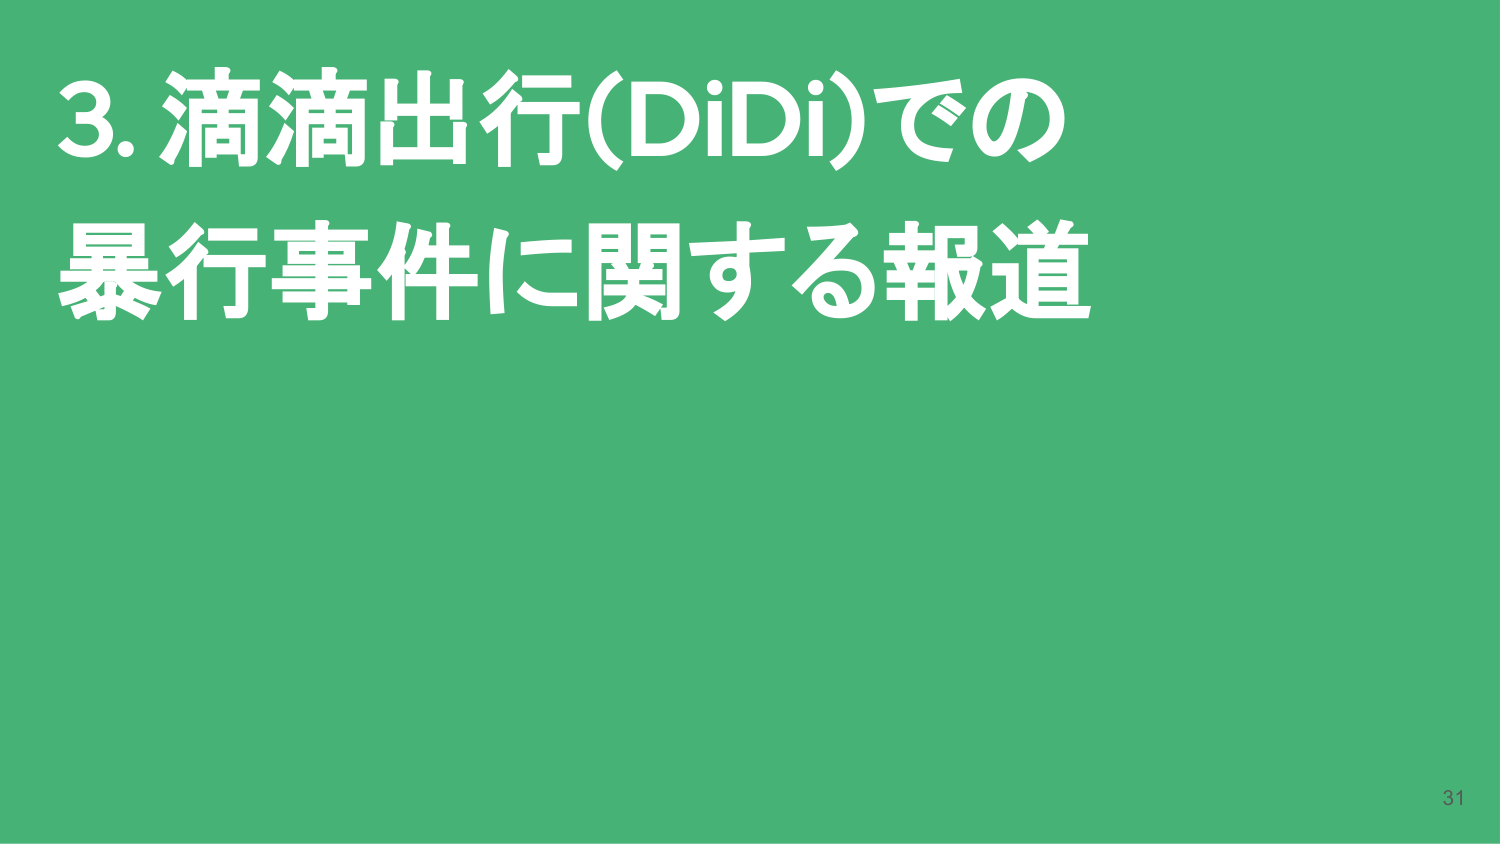
3. 滴滴出行(DiDi)での
暴行事件に関する報道
31